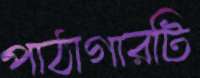
পাঠাগারটি